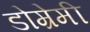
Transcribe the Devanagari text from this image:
डोम्रेमी